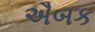
ઐબક